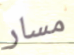
مسار